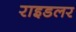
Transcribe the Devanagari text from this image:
राइडलर